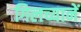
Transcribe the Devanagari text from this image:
गिलच्यानें